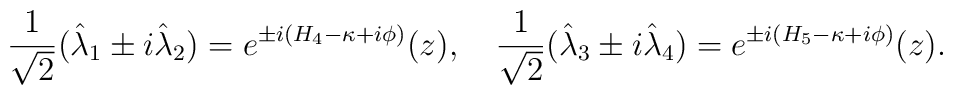
{1\over \sqrt{2}}(\hat{\lambda}_{1}\pm i\hat{\lambda}_{2})= e^{\pm i (H_{4}-\kappa+i\phi)}(z), \quad{1\over \sqrt{2}}(\hat{\lambda}_{3}\pm i\hat{\lambda}_{4})= e^{\pm i (H_{5}-\kappa+i\phi)}(z).